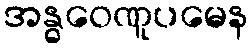
အန္ဓဝေဏူပမေန